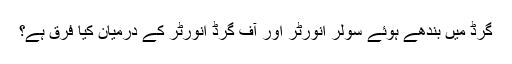
گرڈ میں بندھے ہوئے سولر انورٹر اور آف گرڈ انورٹر کے درمیان کیا فرق ہے؟